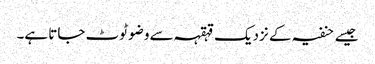
جیسے حنفیہ کے نزدیک قہقہہ سے وضو ٹوٹ جاتا ہے۔